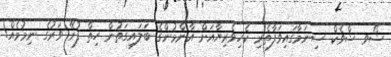
ޝޯވ ޝްވެކް ސިނަމާގައިވަފާތެރި ކެހިވެރިޔާއަށް އާންމުންގެ ބަލައިގަތުން ހިތް ފުރޭ ވަރުގެ ނިމުމެއް!